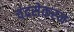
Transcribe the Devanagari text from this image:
चंद्रसेकरन